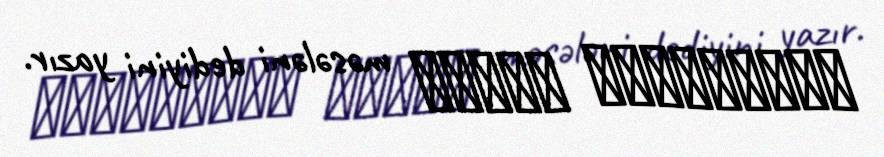
ἀνερρίφθω κύβος məsələni dediyini yazır.